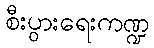
စီးပွားရေးကဏ္ဍ